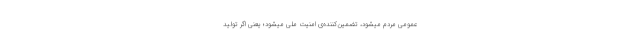
عمومی مردم میشود، تضمین‌کننده‌ی امنیّت ملّی میشود؛ یعنی اگر تولید